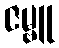
ဇမ္ဗူ